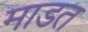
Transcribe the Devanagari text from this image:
माडत